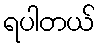
ရပါတယ်